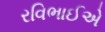
રવિભાઈએ